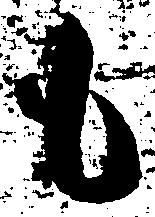
も